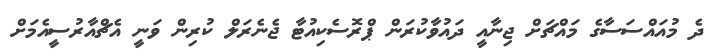
ދެ މުއައްސަސާގެ މައްޗަށް ޖިނާއީ ދައުވާކުރަން ޕްރޮސެކިއުޓާ ޖެނެރަލް ކުރިން ވަނީ އެޗްއާރުސީއެމަށް